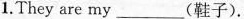
1.They are my___(鞋子).